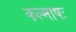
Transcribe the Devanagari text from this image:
कल्माषः